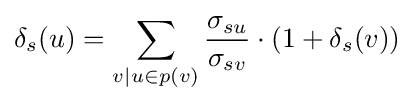
\delta _{s}(u)=\sum _{v\mid u\in p(v)}{\frac {\sigma _{su}}{\sigma _{sv}}}\cdot (1+\delta _{s}(v))